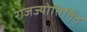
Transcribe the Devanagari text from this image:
राजज्योतिर्विद्